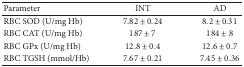
| Parameter | INT | AD |
 | --- | --- | --- |
 | RBC SOD (U/mg Hb) | 7.82 ± 0.24 | 8.2 ± 0.31 |
 | RBC CAT (U/mg Hb) | 187 ± 7 | 184 ± 8 |
 | RBC GPx (U/mg Hb) | 12.8 ± 0.4 | 12.6 ± 0.7 |
 | RBC TGSH (mmol/Hb) | 7.67 ± 0.21 | 7.45 ± 0.36 |